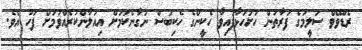
ރެޑްވޭވް ސަލީމުގެ ފަރާތުން ހުށަހަޅާފައިވާ ހެކީންގެ ހެކިބަސް ނަގާނެކަމަށް އިއުލާންކުރެއްވުމަށް ފަހު އެވެ.